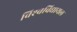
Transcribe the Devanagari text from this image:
विश्‍वविद्यायल